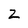
Character: 2